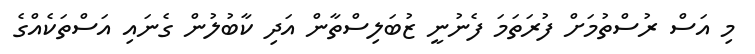
މި އަސް ރުސްތުމަށް ފުރަތަމަ ފެނުނީ ޒުބަލިސްތާން އަދި ކާބުލުން ގެނައި އަސްތަކެއްގެ